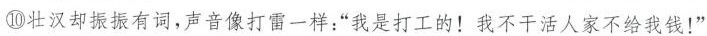
⑩壮汉却振振有词，声音像打雷一样：“我是打工的!我不干活人家不给我钱!”